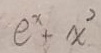
e ^ { x } + x ^ { 2 }